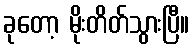
ခုတော့ မိုးတိတ်သွားပြီ။